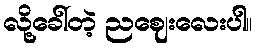
လို့ခေါ်တဲ့ ညဈေးလေးပါ။